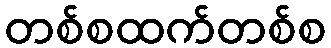
တစ်စထက်တစ်စ